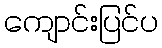
ကျောင်းပြင်ပ